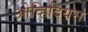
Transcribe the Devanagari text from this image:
ओव्हिदियस